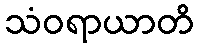
သံဝရာယာတိ